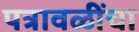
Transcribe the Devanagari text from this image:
पत्रावळींचा